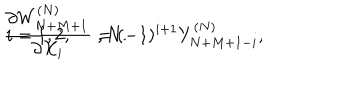
{ \frac { \partial W _ { N + M + 1 } ^ { ( N ) } } { \partial X _ { i } } } = ( - 1 ) ^ { i + 1 } Y _ { N + M + 1 - i } ^ { ( N ) } , \hspace { 1 0 m m } i = 1 , 2 , \cdots , N .